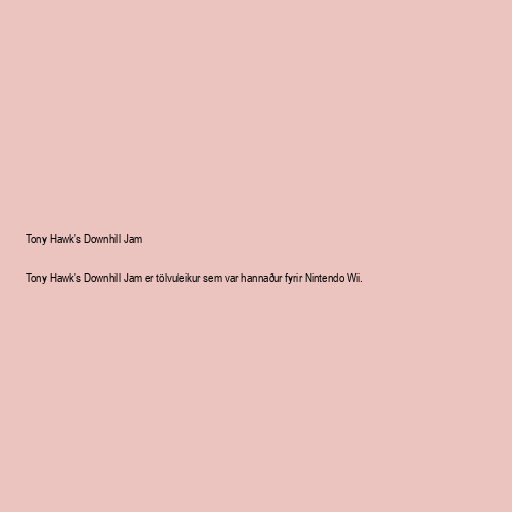
Tony Hawk's Downhill Jam

Tony Hawk's Downhill Jam er tölvuleikur sem var hannaður fyrir Nintendo Wii.